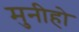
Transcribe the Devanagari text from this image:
मुनीहो